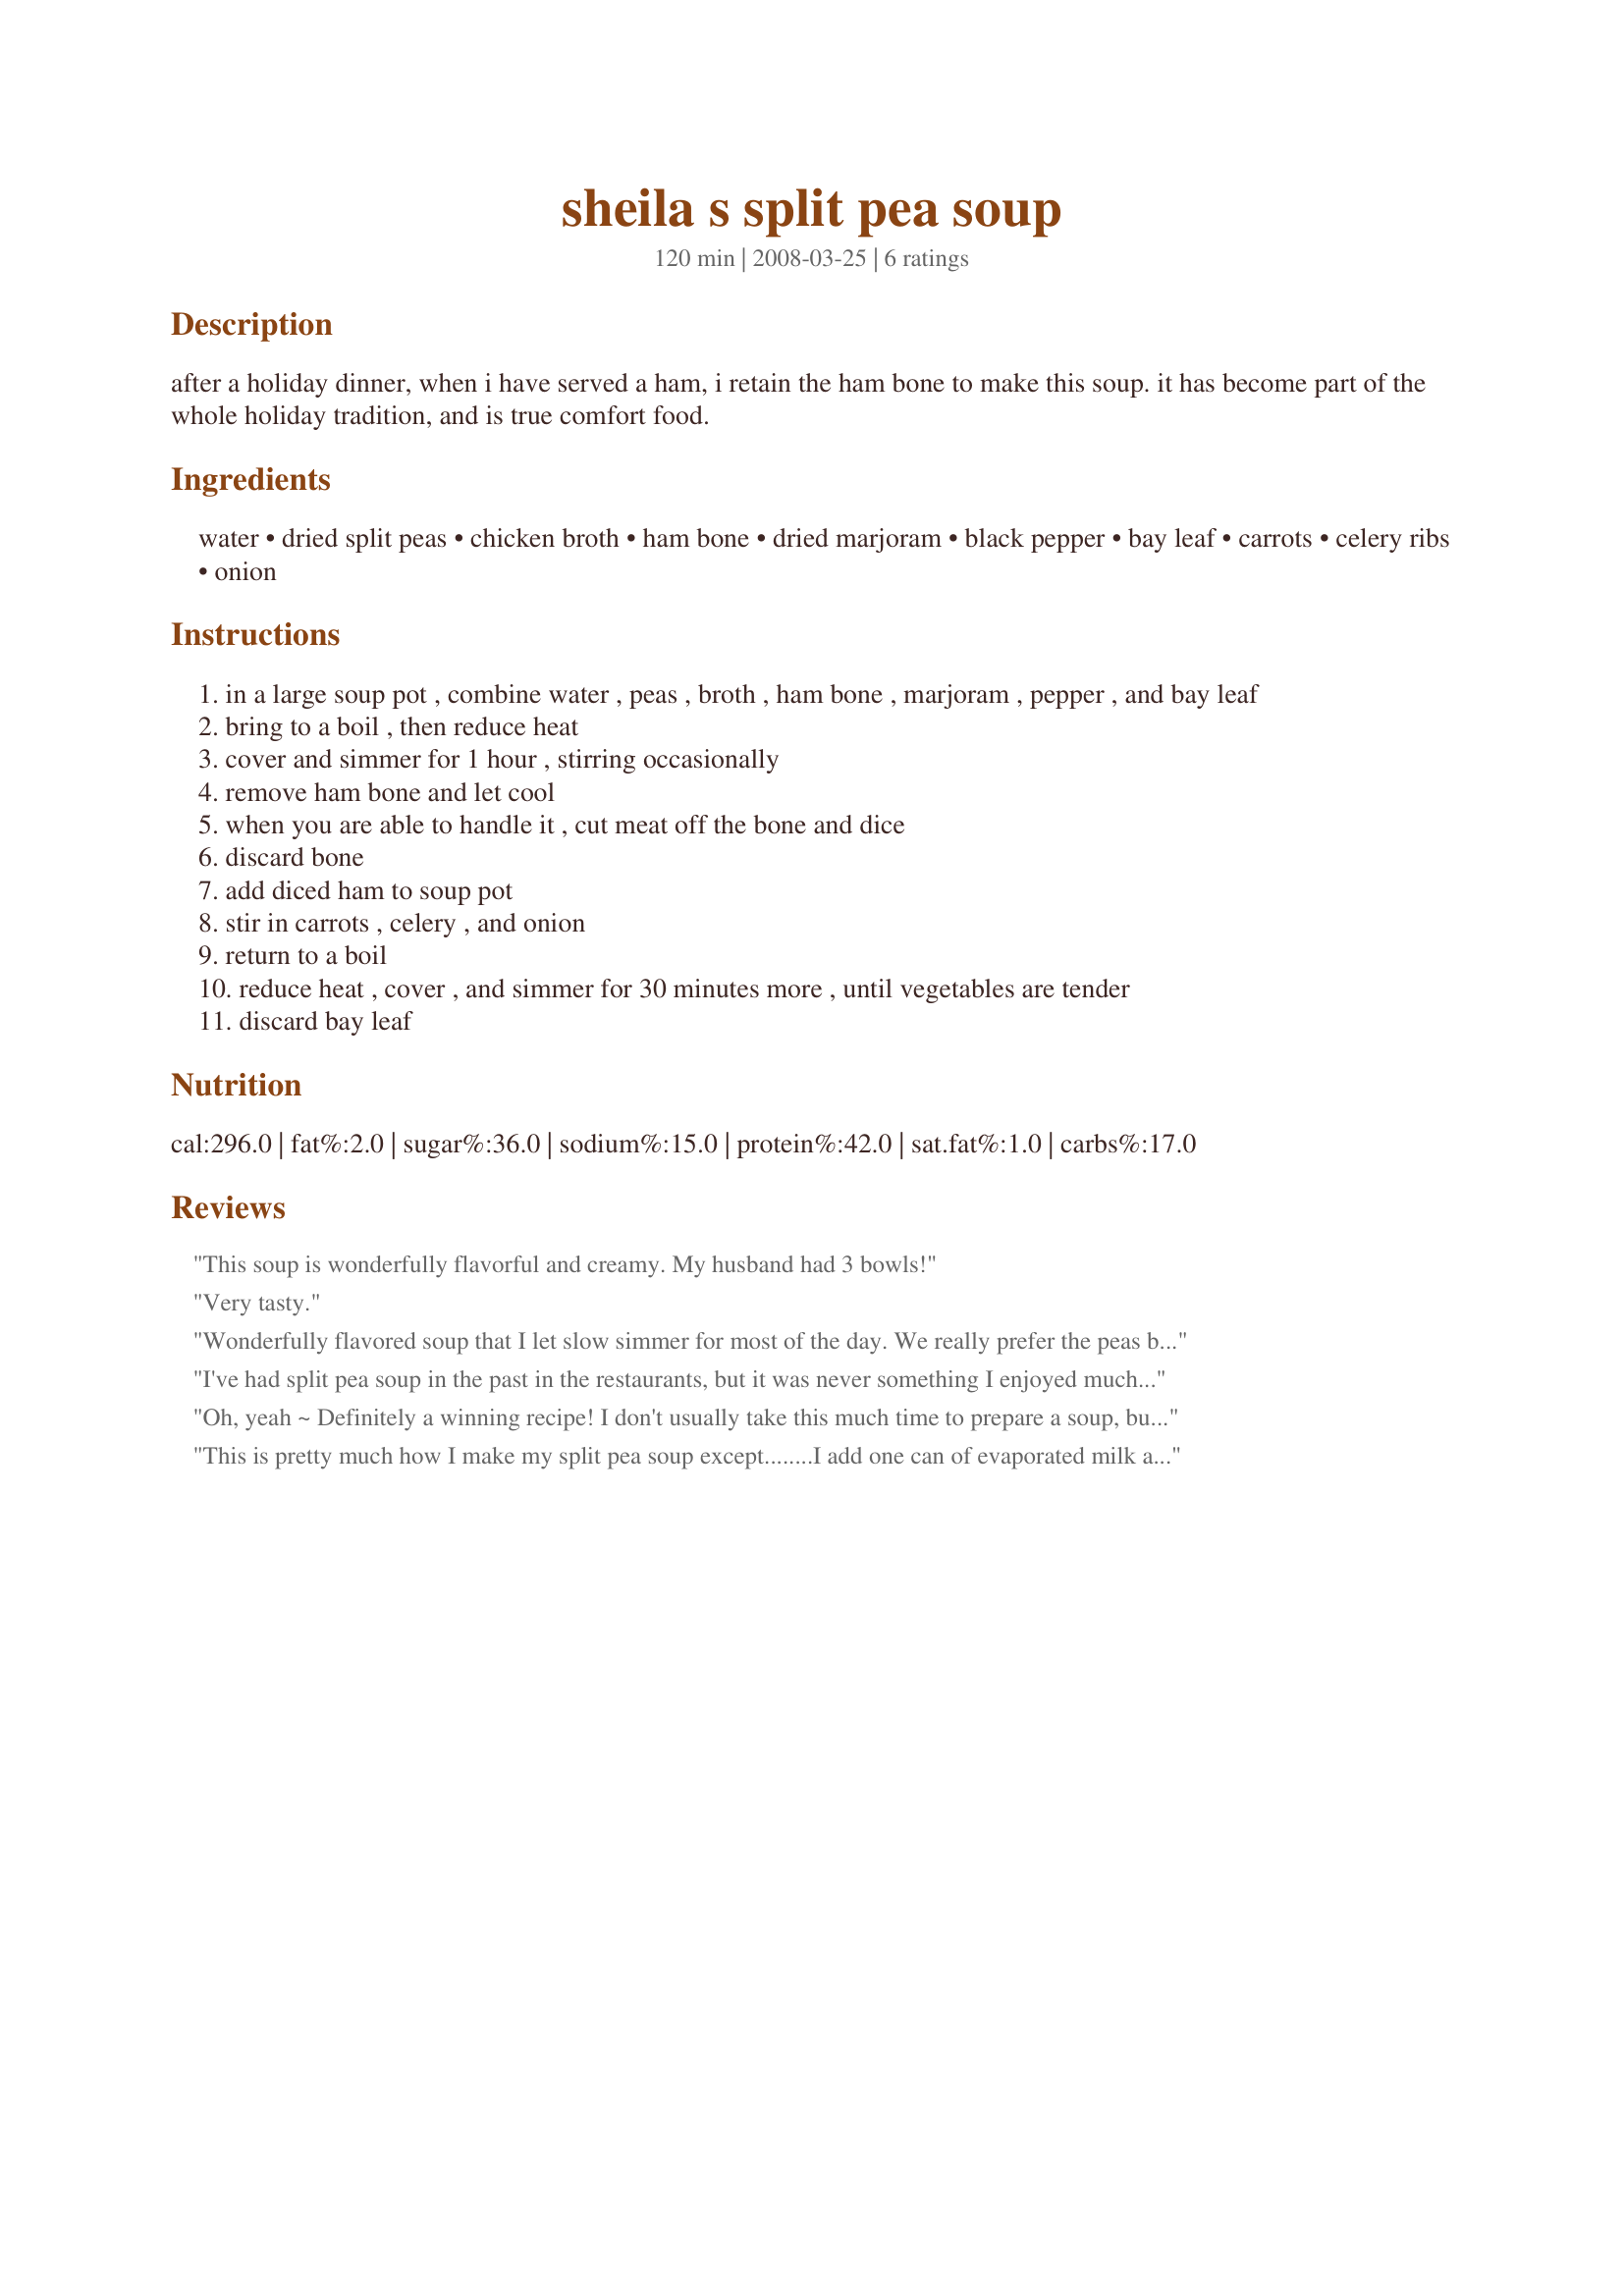
sheila s split pea soup
Preparation time: 120 minutes

after a holiday dinner, when i have served a ham, i retain the ham bone to make this soup. it has become part of the whole holiday tradition, and is true comfort food.

Ingredients:
water, dried split peas, chicken broth, ham bone, dried marjoram, black pepper, bay leaf, carrots, celery ribs, onion

Steps:
in a large soup pot , combine water , peas , broth , ham bone , marjoram , pepper , and bay leaf
bring to a boil , then reduce heat
cover and simmer for 1 hour , stirring occasionally
remove ham bone and let cool
when you are able to handle it , cut meat off the bone and dice
discard bone
add diced ham to soup pot
stir in carrots , celery , and onion
return to a boil
reduce heat , cover , and simmer for 30 minutes more , until vegetables are tender
discard bay leaf

Reviews:
This soup is wonderfully flavorful and creamy. My husband had 3 bowls!
Very tasty.
Wonderfully flavored soup that I let slow simmer for most of the day. We really prefer the peas broken down into a thick soup and I used a smoked ham hock. This made a great old fashioned pea soup that was much enjoyed. Thanks for posting Jackie :D
I've had split pea soup in the past in the restaurants, but it was never something I enjoyed much. I just assumed I did not like split pea. But, I wasn't sure about that since I've never made the soup. So, when I bought honey baked ham and did not want to just throw away the bone, I decided I'm going to try making split pea soup. So glad I did. What a wonderful taste experience. Now, I'm a converted split pea soup lover! Thank you JackieO for posting this recipe.
Oh, yeah ~ Definitely a winning recipe! I don't usually take this much time to prepare a soup, but with recipes like this one, it's certainly worth all the effort! For this one, I had to badger the meat man for just the right ham bone, but now that I have this recipe on hand, I'll be even better prepared the next time I find myself with such a bone left over from a holiday dinner! Certainly worth scheduling on the menu! [Tagged & made in Please Review My Recipe]
This is pretty much how I make my split pea soup except........I add one can of evaporated milk at the end of the cooking and just heat through. Try it, you will like it.
